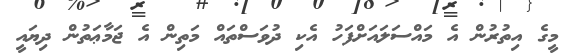
މީގެ އިތުރުން އެ މައްސަލައަށްފަހު އެކި ދުވަސްތައް މަތިން އެ ޖަމާޢަތުން ދިޔައީ